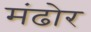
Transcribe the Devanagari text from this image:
मंढोर